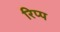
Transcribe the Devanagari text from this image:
रिप्प